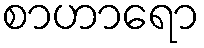
စာဟာရော